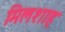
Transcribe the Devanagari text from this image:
मिलशाह